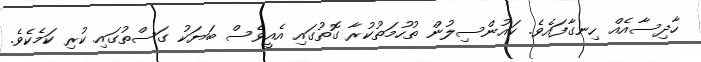
ހާދިސާއެއް ހިނގާފައެެވެ. ކައުންސިލުން ތުހުމަތުކުރާ ގޮތުގައި އެއީވެސް ބަޔަކު ގަސްތުގައި ކުރި ކަމެކެވެ.